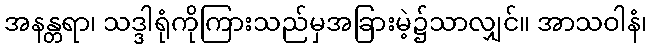
အနန္တရာ၊ သဒ္ဒါရုံကိုကြားသည်မှအခြားမဲ့၌သာလျှင်။ အာသဝါနံ၊